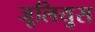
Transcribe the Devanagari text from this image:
जूलियुस